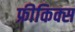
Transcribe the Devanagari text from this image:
फ्रीकिक्स